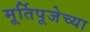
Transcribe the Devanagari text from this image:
मूर्तिपूजेच्या